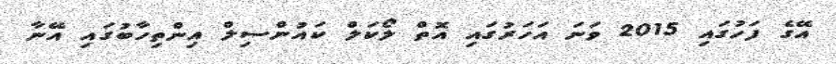
އޭގެ ފަހުގައި 2015 ވަނަ އަހަރުގައި އޮތް ލޯކަލް ކައުންސިލް އިންތިހާބުގައި އޭނާ